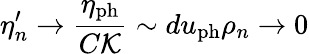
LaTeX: \eta_{n}^{\prime}\to\frac{\eta_{\mathrm{ph}}}{C{\cal K}}\sim du_{\mathrm{ph}}\rho_{n}\to 0